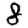
Digit: 8